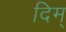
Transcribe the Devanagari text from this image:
दिम्